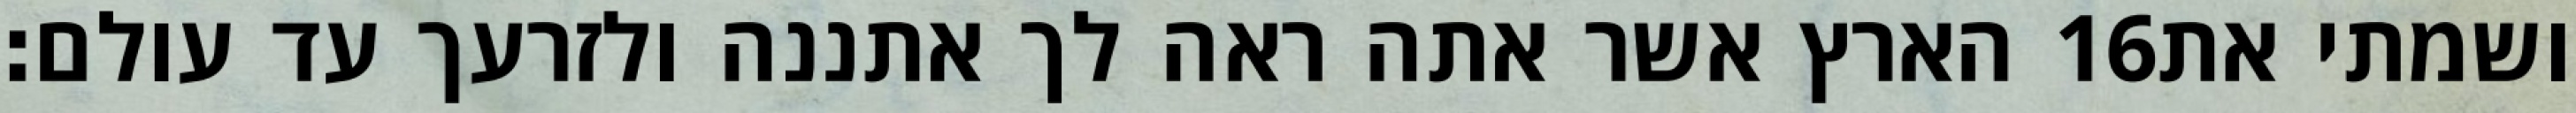
הארץ אשר אתה ראה לך אתננה ולזרעך עד עולם׃ ‎16‏ ושמתי את